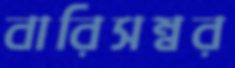
বারিসম্বর